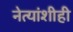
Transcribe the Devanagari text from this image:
नेत्यांशीही